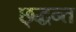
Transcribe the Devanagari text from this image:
छ्द्धन्त